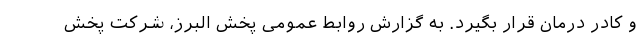
و کادر درمان قرار بگیرد. به گزارش روابط عمومی پخش البرز، شرکت پخش